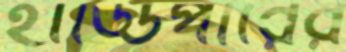
হাড্ডিপারের